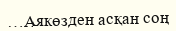
…Аякөзден асқан соң